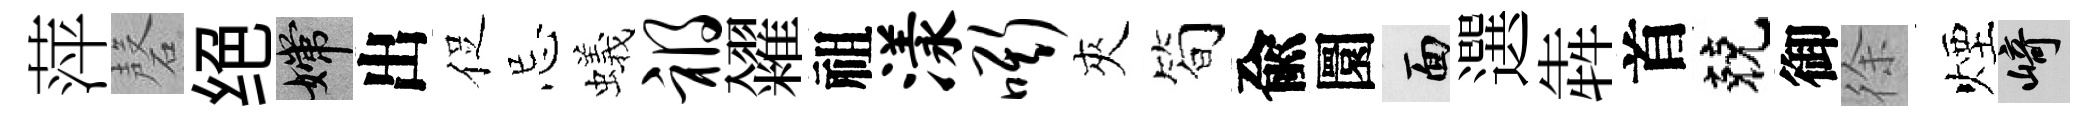
萍磬绝嫦出促忌蟻祸糴祖漾嘶夾简兪圜面選犇首兢御徐煙崎